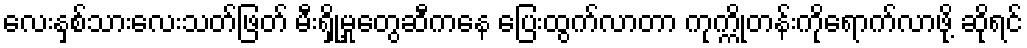
လေးနှစ်သားလေးသတ်ဖြတ် မီးရှို့မှုတွေဆီကနေ ပြေးထွက်လာတာ ကုက္ကိုတန်းကိုရောက်လာဖို့ ဆိုရင်